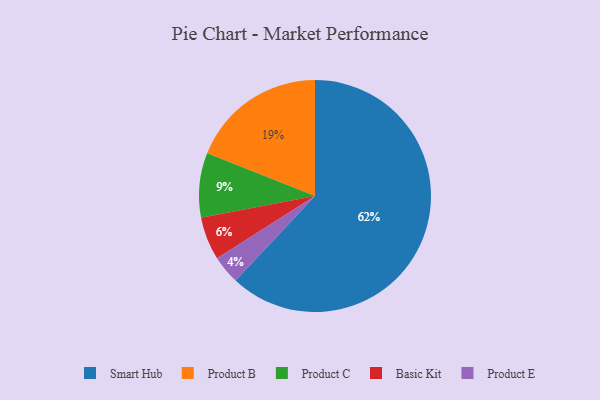
{"axis": {"x": "Category", "y": "Percentage"}, "legend": ["Basic Kit", "Product B", "Product C", "Product E", "Smart Hub"], "data": [{"x": "Smart Hub", "y": 62, "type": "Smart Hub"}, {"x": "Product E", "y": 4, "type": "Product E"}, {"x": "Product C", "y": 9, "type": "Product C"}, {"x": "Basic Kit", "y": 6, "type": "Basic Kit"}, {"x": "Product B", "y": 19, "type": "Product B"}]}